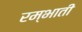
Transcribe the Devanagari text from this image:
रम्भाती